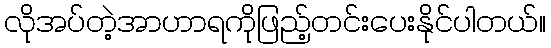
လိုအပ်တဲ့အာဟာရကိုဖြည့်တင်းပေးနိုင်ပါတယ်။